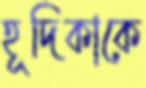
হূদিকাকে